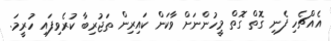
އެއްޗެހި ފެނި ގޮތް ގޮތް މީހުންނަށް ވާކަން ކައިރިން ތަޖުރިބާ ކުރެވިފައި ހުރީމަ.